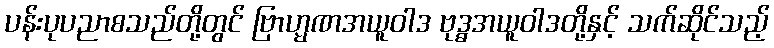
ပန်းပုပညာစသည်တို့တွင် ဗြာဟ္မဏအယူဝါဒ ဗုဒ္ဓအယူဝါဒတို့နှင့် သက်ဆိုင်သည့်